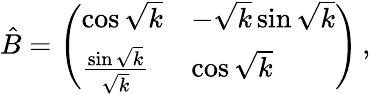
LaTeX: \hat{B}=\left(\begin{array}{ll}{\cos\sqrt{k}}&{-\sqrt{k}\sin\sqrt{k}}\\ {\frac{\sin\sqrt{k}}{\sqrt{k}}}&{\cos\sqrt{k}}\end{array}\right)\, ,